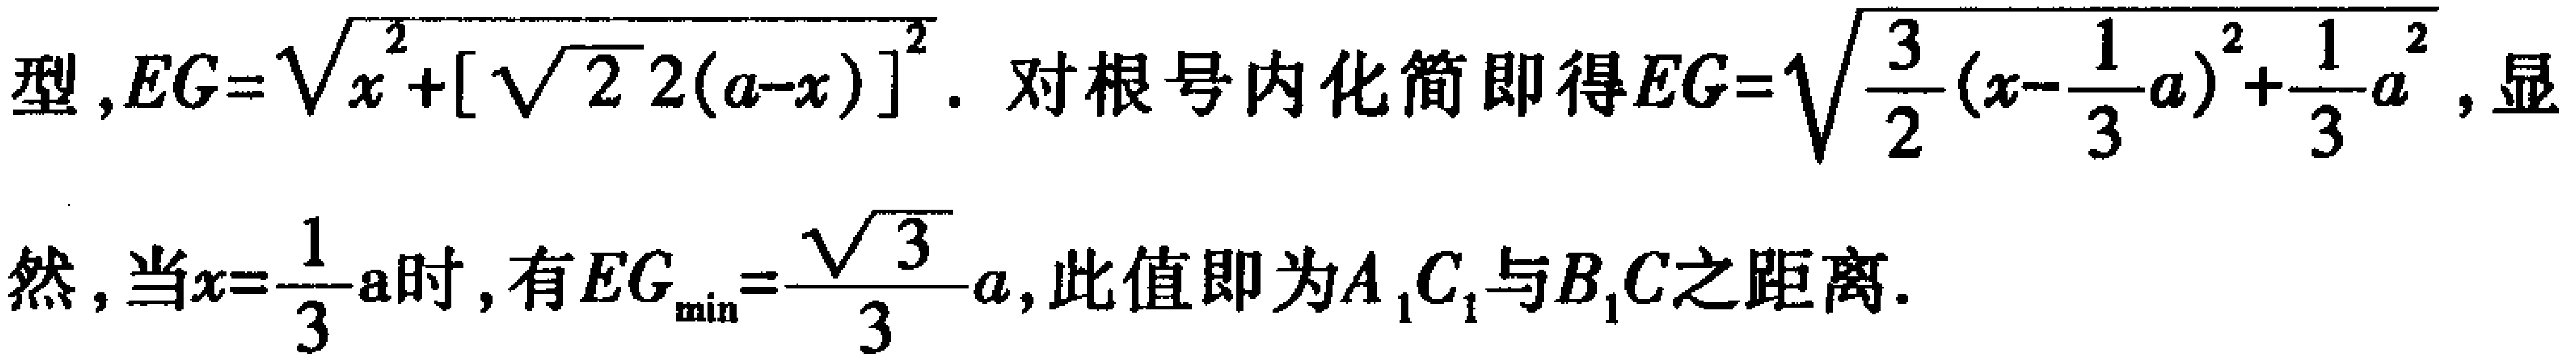
型, \(EG = \sqrt{x^{2}+[\sqrt{2}2(a - x)]^{2}}\). 对根号内化简即得\(EG=\sqrt{\frac{3}{2}(x - \frac{1}{3}a)^{2}+\frac{1}{3}a^{2}}\), 显然, 当\(x = \frac{1}{3}a\)时, 有\(EG_{\min}=\frac{\sqrt{3}}{3}a\), 此值即为\(A_{1}C_{1}\)与\(B_{1}C\)之距离.